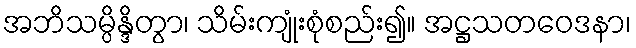
အဘိသမ္ပိန္ဒိတွာ၊ သိမ်းကျုံးစုံစည်း၍။ အဋ္ဌသတဝေဒနာ၊